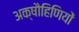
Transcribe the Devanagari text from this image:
अक्षौहिणियों